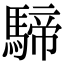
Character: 𩤢